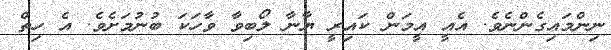
ނިންމައިގެންނެވެ. އެއީ އީމަން ކައިރީ ޔާނާ ލޯބިވާ ވާހަކަ ބުނުމަށެވެ. އެ ހިތް